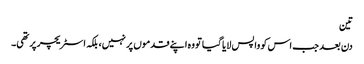
تین
دن بعد جب اس کو واپس لایا گیا تو وہ اپنے قدموں پر نہیں، بلکہ اسٹریچر پر تھی۔